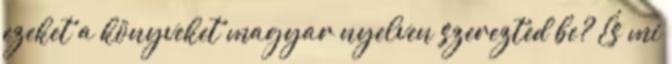
ezeket a könyveket magyar nyelven szerezted be? És mi